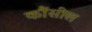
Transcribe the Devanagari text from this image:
कौंसील